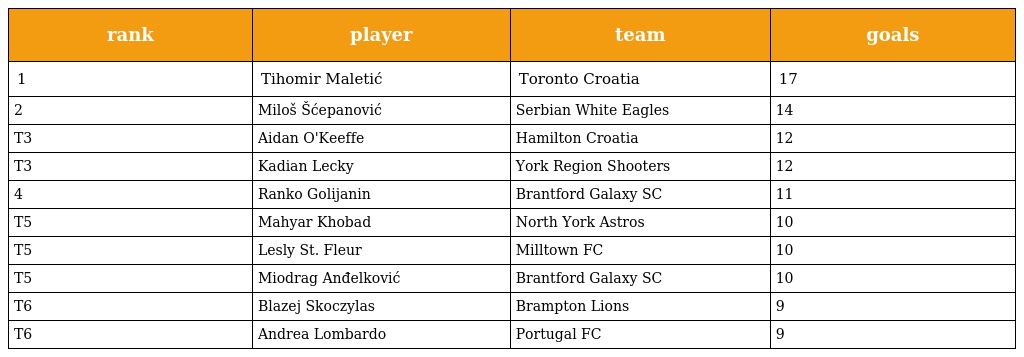
| rank | player | team | goals |
 | --- | --- | --- | --- |
 | 1 | Tihomir Maletić | Toronto Croatia | 17 |
 | 2 | Miloš Šćepanović | Serbian White Eagles | 14 |
 | T3 | Aidan O'Keeffe | Hamilton Croatia | 12 |
 | T3 | Kadian Lecky | York Region Shooters | 12 |
 | 4 | Ranko Golijanin | Brantford Galaxy SC | 11 |
 | T5 | Mahyar Khobad | North York Astros | 10 |
 | T5 | Lesly St. Fleur | Milltown FC | 10 |
 | T5 | Miodrag Anđelković | Brantford Galaxy SC | 10 |
 | T6 | Blazej Skoczylas | Brampton Lions | 9 |
 | T6 | Andrea Lombardo | Portugal FC | 9 |